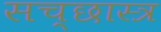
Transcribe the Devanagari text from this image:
सच्छास्त्र